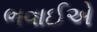
ભવાઈએ